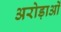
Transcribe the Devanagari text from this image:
अरोड़ाओं